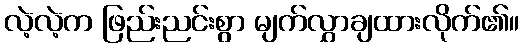
လဲ့လဲ့က ဖြည်းညင်းစွာ မျက်လွှာချထားလိုက်၏။